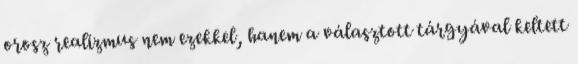
orosz realizmus nem ezekkel, hanem a választott tárgyával keltett